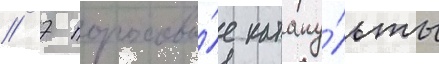
// 7 пороховы́е катапу́льты